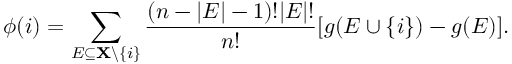
\phi ( i ) = \sum _ { E \subseteq \mathbf { X } \backslash \{ i \} } { \frac { ( n - | E | - 1 ) ! | E | ! } { n ! } } [ g ( E \cup \{ i \} ) - g ( E ) ] .